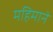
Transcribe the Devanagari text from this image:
महिमाने